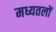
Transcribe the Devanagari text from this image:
मध्यतलों